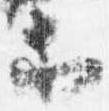
等